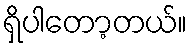
ရှိပါတော့တယ်။